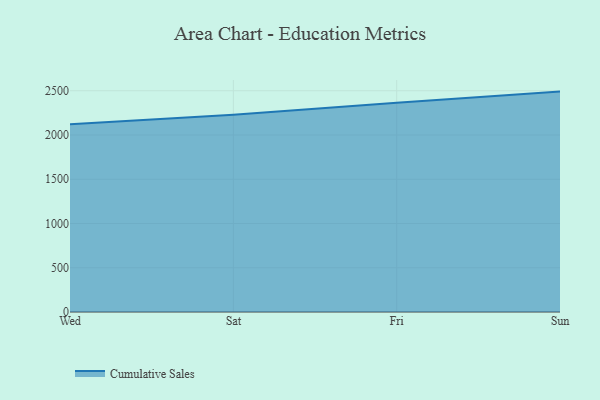
{"axis": {"x": "Day", "y": "Demand Index"}, "legend": ["Cumulative Sales"], "data": [{"x": "Wed", "y": 2121.5, "type": "Cumulative Sales"}, {"x": "Sat", "y": 2228.9, "type": "Cumulative Sales"}, {"x": "Fri", "y": 2364.4, "type": "Cumulative Sales"}, {"x": "Sun", "y": 2490.5, "type": "Cumulative Sales"}]}